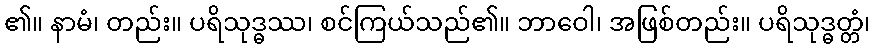
၏။ နာမံ၊ တည်း။ ပရိသုဒ္ဓဿ၊ စင်ကြယ်သည်၏။ ဘာဝေါ၊ အဖြစ်တည်း။ ပရိသုဒ္ဓတ္တံ၊